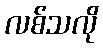
လစ်သလို